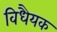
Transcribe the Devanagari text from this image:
विधैयक